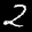
Label: 2